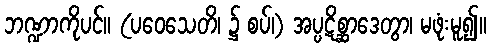
ဘဏ္ဍာကိုပင်။ (ပဝေသေတိ၊ ၌ စပ်၊) အပ္ပဋိစ္ဆာဒေတွာ၊ မဖုံးမူ၍။